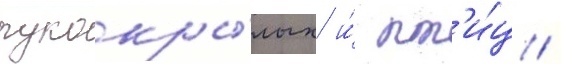
рукокры́лых и́ пт'и́ц /